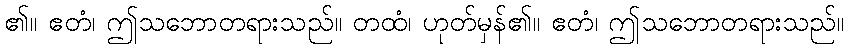
၏။ ဧတံ၊ ဤသဘောတရားသည်။ တထံ၊ ဟုတ်မှန်၏။ ဧတံ၊ ဤသဘောတရားသည်။